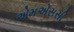
એમએસસી